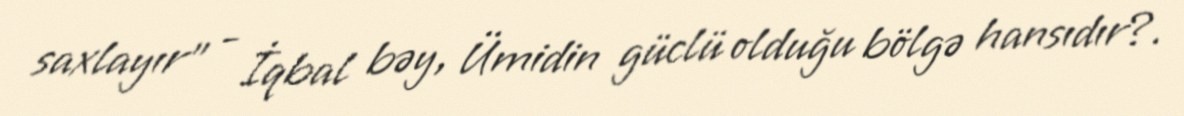
saxlayır” - İqbal bəy, Ümidin güclü olduğu bölgə hansıdır?.